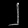
Digit: ၂